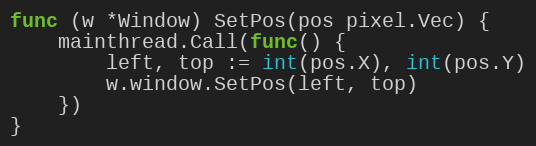
Language: Go
func (w *Window) SetPos(pos pixel.Vec) {
	mainthread.Call(func() {
		left, top := int(pos.X), int(pos.Y)
		w.window.SetPos(left, top)
	})
}